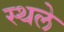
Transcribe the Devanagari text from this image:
स्थले